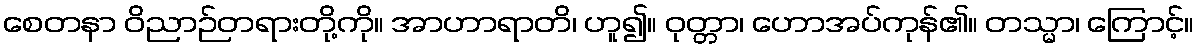
စေတနာ ဝိညာဉ်တရားတို့ကို။ အာဟာရာတိ၊ ဟူ၍။ ဝုတ္တာ၊ ဟောအပ်ကုန်၏။ တသ္မာ၊ ကြောင့်။